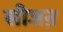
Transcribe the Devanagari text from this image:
सीजऩ